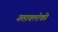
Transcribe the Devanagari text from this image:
गतावलोकी